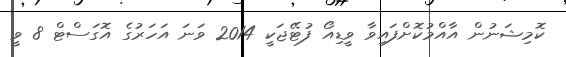
ކޮމިޝަނުން އާއްމުކޮށްފައިވާ ވީޑިއޯ ފުޓޭޖަކީ 2014 ވަނަ އަހަރުގެ އޮގަސްޓް 8 ވީ